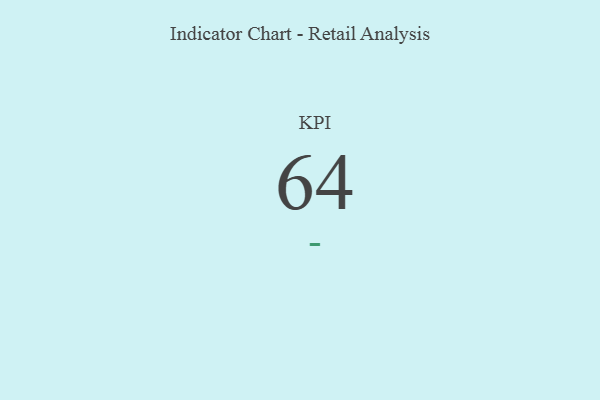
{"axis": {"x": "KPI", "y": "Value"}, "legend": [""], "data": [{"x": "KPI", "y": 64, "type": ""}]}